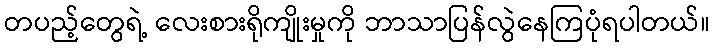
တပည့်တွေရဲ့ လေးစားရိုကျိုးမှုကို ဘာသာပြန်လွဲနေကြပုံရပါတယ်။